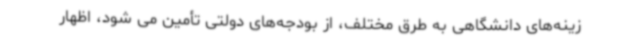
زینه‌های دانشگاهی به طرق مختلف، از بودجه‌های دولتی تأمین می شود، اظهار